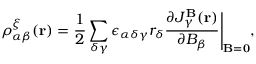
\rho _ { \alpha \beta } ^ { \xi } ( { \bf r } ) = \frac { 1 } { 2 } \sum _ { \delta \gamma } \epsilon _ { \alpha \delta \gamma } { r } _ { \delta } \frac { \partial J _ { \gamma } ^ { \bf B } ( \mathbf { r } ) } { \partial B _ { \beta } } \Bigg | _ { { \bf B } = { \bf 0 } } ,